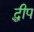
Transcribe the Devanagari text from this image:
द्धीप